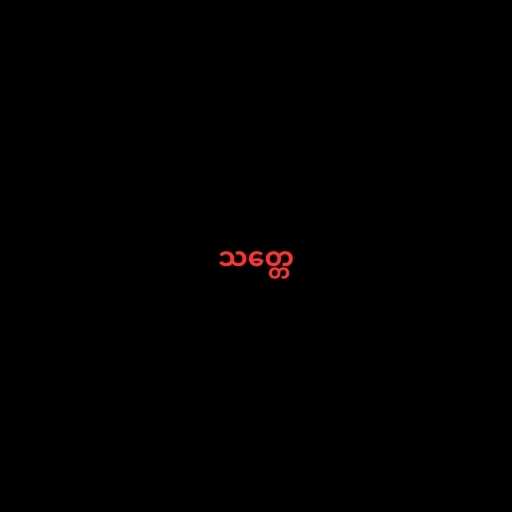
သတ္တေ